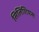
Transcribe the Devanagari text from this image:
सिलिशियस